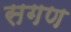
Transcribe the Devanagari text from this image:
सगण